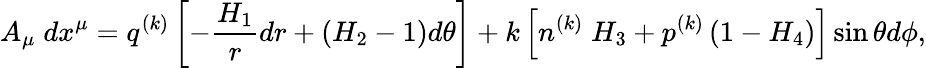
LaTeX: A_{\mu}\; dx^{\mu}=q^{(k)}\left[-\frac{H_{1}}{r}dr+\left(H_{2}-1\right)d\theta\right]+k\left[n^{(k)}\; H_{3}+p^{(k)}\left(1-H_{4}\right)\right]\sin\theta d\phi,